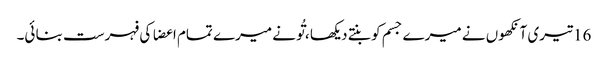
16 تیری آنکھوں نے میرے جسم کو بنتے دیکھا ، تُو نے میرے تمام اعضا کی فہرست بنا ئی۔